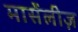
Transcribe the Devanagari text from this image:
मार्सेलीज़